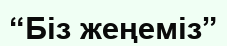
“Біз жеңеміз”